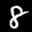
Label: 8